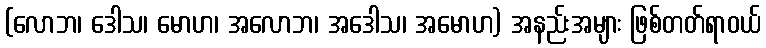
(လောဘ၊ ဒေါသ၊ မောဟ၊ အလောဘ၊ အဒေါသ၊ အမောဟ) အနည်းအများ ဖြစ်တတ်ရာဝယ်